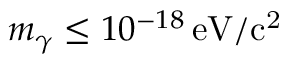
m _ { \gamma } \leq 1 0 ^ { - 1 8 } \, \mathrm { e V / c ^ { 2 } }